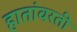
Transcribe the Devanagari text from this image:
हातांवरती